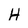
Character: H